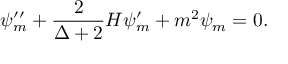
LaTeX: \psi _ { m } ^ { \prime \prime } + \frac { 2 } { \Delta + 2 } H \psi _ { m } ^ { \prime } + m ^ { 2 } \psi _ { m } = 0 .